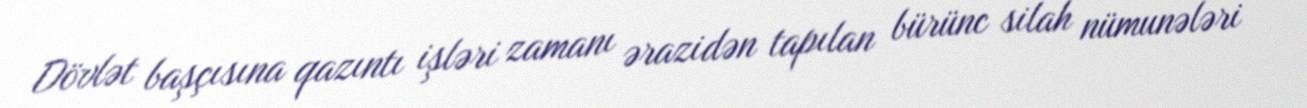
Dövlət başçısına qazıntı işləri zamanı ərazidən tapılan bürünc silah nümunələri